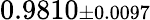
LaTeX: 0.9810{\scriptstyle\pm 0.0097}